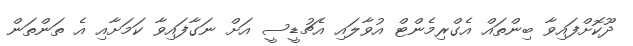
ދޫކޮށްފައިވާ ބިންތައް އެގްރިމެންޓް އުވާލައި އެޗުޑީސީ އަށް ނަގާފައިވާ ކަމަށާއި އެ ތަންތަން